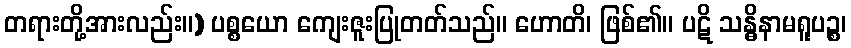
တရားတို့အားလည်း။) ပစ္စယော ကျေးဇူးပြုတတ်သည်။ ဟောတိ၊ ဖြစ်၏။ ပဋိ သန္ဓိနာမရူပဉ္စ၊